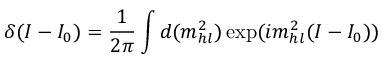
\delta ( I - I _ { 0 } ) = \frac { 1 } { 2 \pi } \int d ( m _ { h l } ^ { 2 } ) \exp ( i m _ { h l } ^ { 2 } ( I - I _ { 0 } ) )